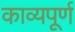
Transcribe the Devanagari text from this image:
काव्यपूर्ण